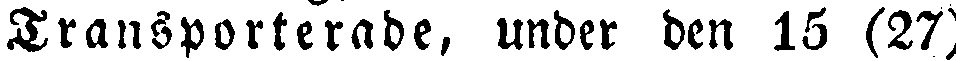
Transporterade, under den 15 (27)